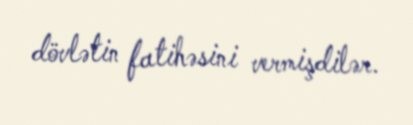
dövlətin fatihəsini vermişdilər.